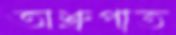
অশ্রুপাত